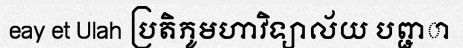
eay et Ulah ប្រតិភូមហាវិទ្យាល័យ បព្ជាា